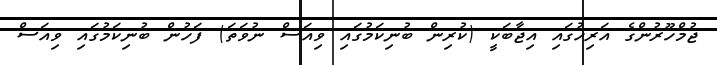
ޖުމްހޫރުންގެ އަރިހުގައި އިޖާބަކީ (ކުރިން ބުނިކަމުގައި ވިއަސް ނުވަތަ) ފަހުން ބުނިކަމުގައި ވިއަސް